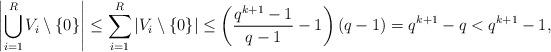
LaTeX: \begin{align*}\Biggl| \bigcup_{i=1}^{R} V_i \setminus \{ 0\} \Biggr| \leq \sum_{i=1}^{R} |V_i \setminus \{ 0\}| \leq \left( \frac{q^{k+1}-1}{q-1} - 1 \right) (q - 1) = q^{k+1} - q < q^{k+1} -1,\end{align*}